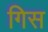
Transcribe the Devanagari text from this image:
गिस